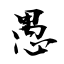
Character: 愚